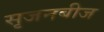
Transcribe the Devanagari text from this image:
सृजनबीज